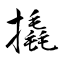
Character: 撬